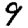
Digit: 9